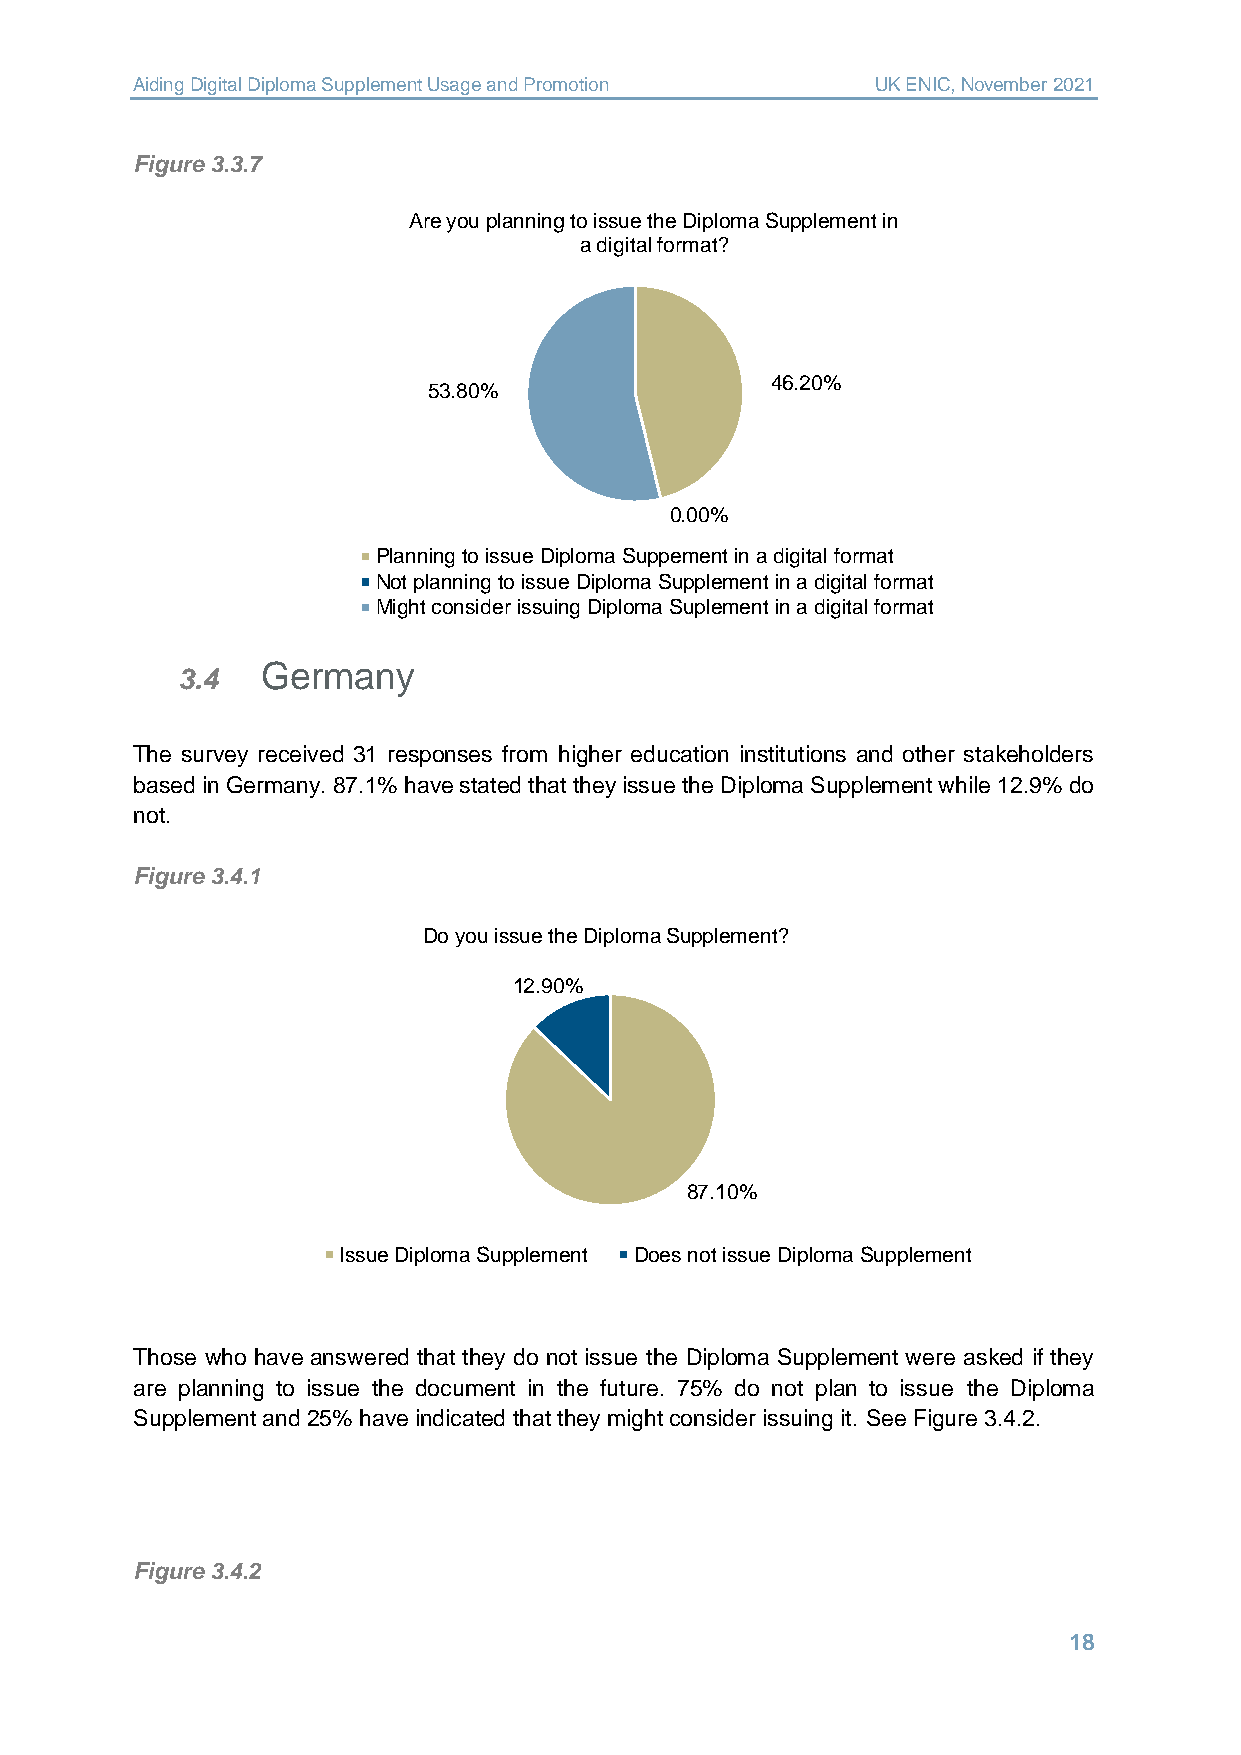
Aiding Digital Diploma Supplement Usage and Promotion UK ENIC, November 2021
 Figure 3.3.7
 Are you planning to issue the Diploma Supplement in
 a digital format?
 46.20%
 53.80%
 0.00%
 Planning to issue Diploma Suppement in a digital format
 Not planning to issue Diploma Supplement in a digital format
 Might consider issuing Diploma Suplement in a digital format
 Germany
 3.4
 The survey received 31 responses from higher education institutions and other stakeholders
 based in Germany. 87.1% have stated that they issue the Diploma Supplement while 12.9% do
 not.
 Figure 3.4.1
 Do you issue the Diploma Supplement?
 12.90%
 87.10%
 Issue Diploma Supplement Does not issue Diploma Supplement
 Those who have answered that they do not issue the Diploma Supplement were asked if they
 are planning to issue the document in the future. 75% do not plan to issue the Diploma
 Supplement and 25% have indicated that they might consider issuing it. See Figure 3.4.2.
 Figure 3.4.2
 18